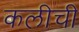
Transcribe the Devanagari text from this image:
कलीची